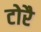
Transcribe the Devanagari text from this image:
टोरै